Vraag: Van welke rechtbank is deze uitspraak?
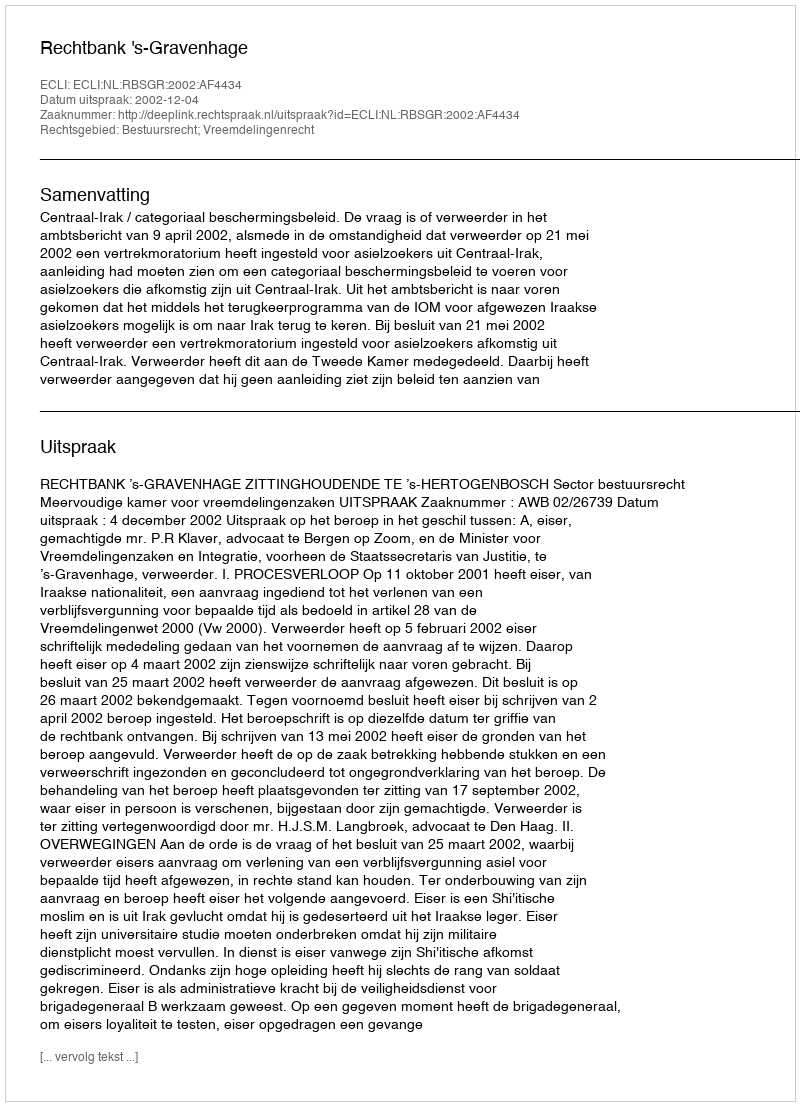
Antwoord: Rechtbank 's-Gravenhage